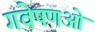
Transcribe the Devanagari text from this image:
गवेषणओं